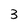
Character: 3